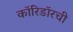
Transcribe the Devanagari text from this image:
कॉरिडॉरची